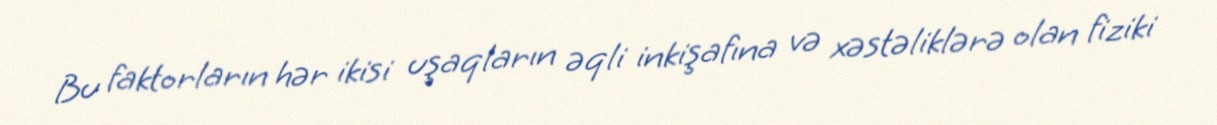
Bu faktorların hər ikisi uşaqların əqli inkişafına və xəstəliklərə olan fiziki